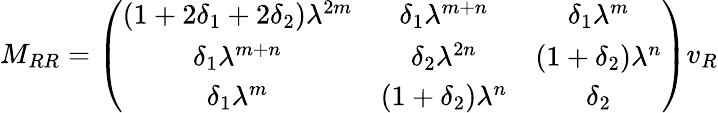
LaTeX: M_{RR}=\left(\begin{array}{ccc}{{(1+2\delta_{1}+2\delta_{2})\lambda^{2m}}}&{{\delta_{1}\lambda^{m+n}}}&{{\delta_{1}\lambda^{m}}}\\ {{\delta_{1}\lambda^{m+n}}}&{{\delta_{2}\lambda^{2n}}}&{{(1+\delta_{2})\lambda^{n}}}\\ {{\delta_{1}\lambda^{m}}}&{{(1+\delta_{2})\lambda^{n}}}&{{\delta_{2}}}\end{array}\right)v_{R}